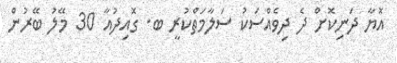
އޮޔާ ދަނިކޮށް ދެ ދިވެއްސަކު ސަލާމަތްކުރީ ބ. ގޮއިދުއާ 30 މޭލު ބޭރުން